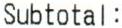
SUBTOTAL: